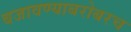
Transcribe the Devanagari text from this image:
बजावण्याबरोबरच